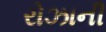
રોઝાની